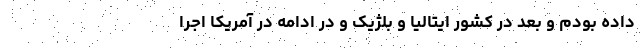
داده بودم و بعد در کشور ایتالیا و بلژیک و در ادامه در آمریکا اجرا